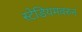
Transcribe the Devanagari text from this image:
स्टेडियमवरुन